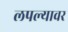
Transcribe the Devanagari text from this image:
लपल्यावर